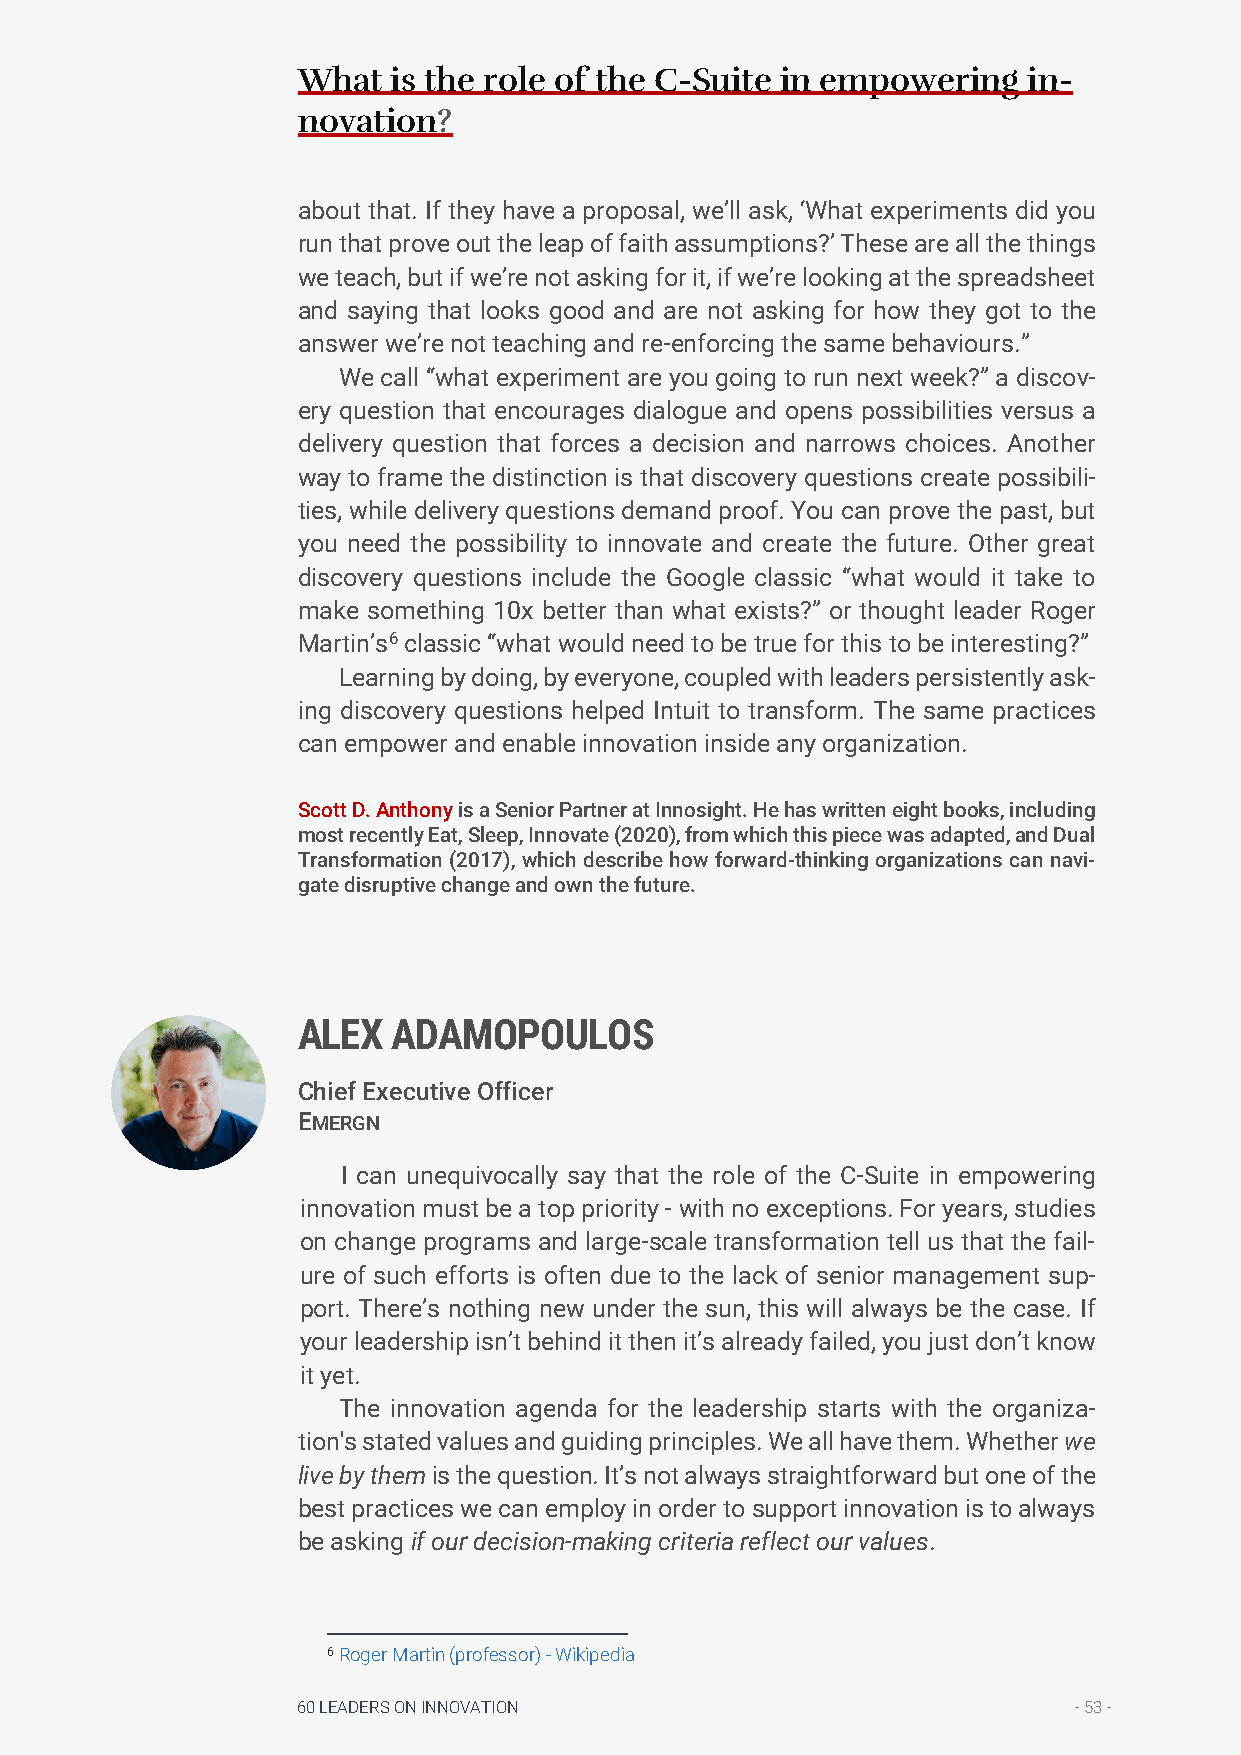
What  is the role of the C-Suite in empowering  in-
 novation?
 about that. If they have a proposal, we’ll ask, ‘What experiments did you
 run that prove out the leap of faith assumptions?’ These are all the things
 we teach, but if we’re not asking for it, if we’re looking at the spreadsheet
 and saying that looks good and are not asking for how they got to the
 answer we’re not teaching and re-enforcing the same behaviours.”
 We call “what experiment are you going to run next week?” a discov-
 ery question that encourages dialogue and opens possibilities versus a
 delivery question that forces a decision and narrows choices. Another
 way to frame the distinction is that discovery questions create possibili-
 ties, while delivery questions demand proof. You can prove the past, but
 you need the possibility to innovate and create the future. Other great
 discovery questions include the Google classic “what would it take to
 make something 10x better than what exists?” or thought leader Roger
 Martin’s6 classic “what would need to be true for this to be interesting?”
 Learning by doing, by everyone, coupled with leaders persistently ask-
 ing discovery questions helped Intuit to transform. The same practices
 can empower and enable innovation inside any organization.
 Scott D. Anthony is a Senior Partner at Innosight. He has written eight books, including
 most recently Eat, Sleep, Innovate (2020), from which this piece was adapted, and Dual
 Transformation (2017), which describe how forward-thinking organizations can navi-
 gate disruptive change and own the future.
 ALEX  ADAMOPOULOS
 Chief Executive Officer
 EMERGN
 I can unequivocally say that the role of the C-Suite in empowering
 innovation must be a top priority - with no exceptions. For years, studies
 on change programs and large-scale transformation tell us that the fail-
 ure of such efforts is often due to the lack of senior management sup-
 port. There’s nothing new under the sun, this will always be the case. If
 your leadership isn’t behind it then it’s already failed, you just don’t know
 it yet.
 The innovation agenda for the leadership starts with the organiza-
 tion's stated values and guiding principles. We all have them. Whether we
 live by them is the question. It’s not always straightforward but one of the
 best practices we can employ in order to support innovation is to always
 be asking if our decision-making criteria reflect our values.
 6 Roger Martin (professor) - Wikipedia
 60 LEADERS ON INNOVATION                           - 53 -